Indian Medical Review
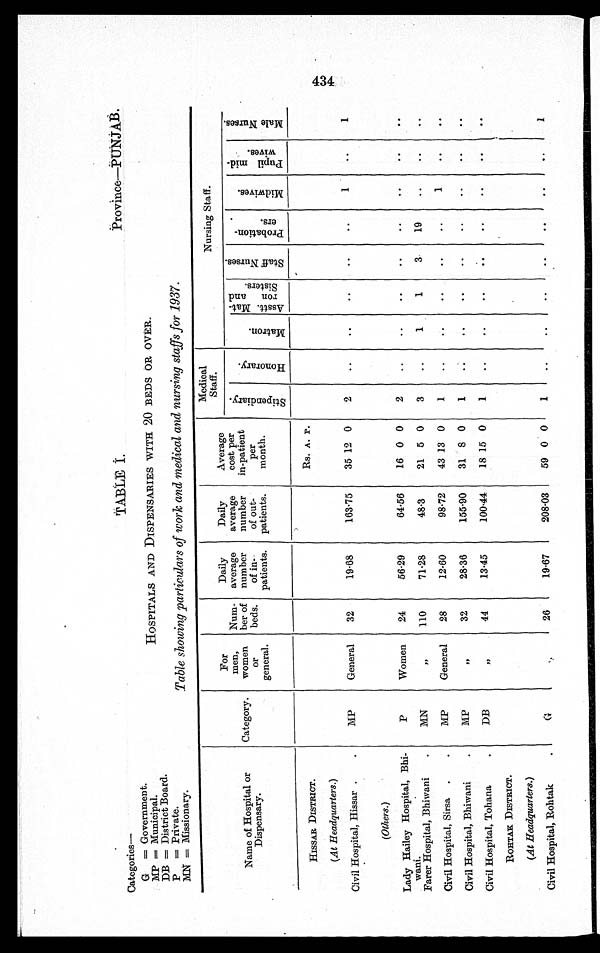
Pr ovi nce—PUNJAB.
Categories—
G = Government.
MP = Municipal.
HOSPITALS AND DISPENSARIES WITH 20 BEDS OR OVER.
DB = District Board.
P =Private.
MN = Missionary.
Table showing particulars of work and medical and nursing staffs for 1937.
Name of Hospital or
Dispensary.
Category.
For
men,
women
or
general.
Num-
ber of
beds.
Daily
average
number
of in-
patients.
Daily
average
number
of out-
patients.
Average
cost per
in-patien
t
per
month.
Medical
Staff.
Nursing Staff.
S t i p e n d i a r y .
Ho n o r a r y .
Ma t r o n .
A s s t t . M a t - r o n a n d S i s t e r s .
S t a f f N u r s e s .
P r o b a t i o n - e r s .
M i d w i v e s .
P u p i l m i d - w i v e s .
Ma l e N u r s e s .
HISSAR DISTRICT.
Rs. A. P.
(At Headquarters.)
Civil Hospital, Hissar
MP
General
32
19.68
163.75
35 12 0
2
..
..
..
..
.. 1
..
1
(Ot her s. )
Lady Hailey Hospital, Bhi-wani.
P
Women
24
56.29
64.56
16 0 0
2
..
..
..
..
..
..
..
..
Far er Hospi t al , Bhi wani
MN
"
110
71.28
48.3
21 5 0
3
..
1
1
3
19
..
..
..
Civil Hospital, Sirsa
MP
General
28
12.60
98.72
43 13 0
1
..
..
..
..
.. 1
..
..
Civil Hospital, Bhiwani
MP
"
32
28.36
155.90
31 8 0
1
..
..
..
..
..
..
..
..
Civil Hospital, Tohana
DB
"
44
13.45
100.44
18 15 0
1
..
..
..
..
..
..
..
..
ROHTAK DISTRICT.
(At Headquarters.)
Civil Hospital, Rohtak
G
26
19.67
208.03
59 0 0
1
..
..
..
..
..
..
..
1
434